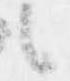
候